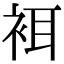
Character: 𧙫